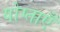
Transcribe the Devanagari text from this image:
योग्ताएँ